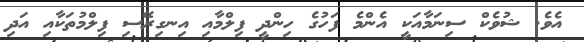
އެވެ. ޝުވެކް ސިނަމާއަކީ އެންމެ ފަހުގެ ހިންދީ ފިލްމާއި އިނގިރޭސި ފިލްމުތަކާއި އަދި